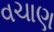
વચાણ